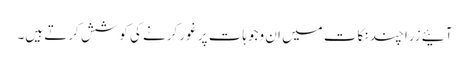
آئیے زرا چند نکات میں ان وجوہات پر غور کرنے کی کوشش کرتے ہیں۔